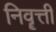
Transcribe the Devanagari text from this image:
निवॄत्ती